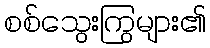
စစ်သွေးကြွများ၏